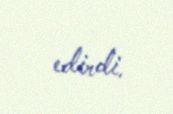
edirdi.